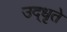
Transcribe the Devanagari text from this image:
उद्‌धृते